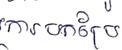
ការបកប្រែ